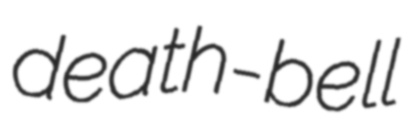
death-bell